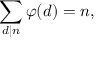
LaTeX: \sum _ { d \mid n } \varphi ( d ) = n ,